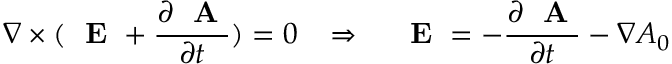
\nabla \times ( \mathrm { ~ \bf ~ E ~ } + \frac { \partial \mathrm { ~ \bf ~ A ~ } } { \partial t } ) = 0 \; \; \; \Rightarrow \; \; \; \mathrm { ~ \bf ~ E ~ } = - \frac { \partial \mathrm { ~ \bf ~ A ~ } } { \partial t } - \nabla A _ { 0 }